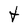
Character: t